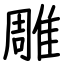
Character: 雕